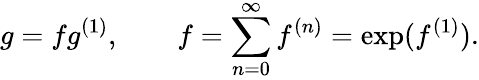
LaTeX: g=fg^{(1)},\qquad f=\sum_{n=0}^{\infty}f^{(n)}=\exp(f^{(1)}).